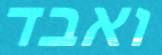
ואבד